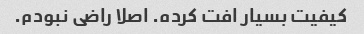
کیفیت بسیار افت کرده. اصلا راضی نبودم.